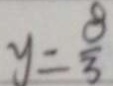
y = \frac { 8 } { 3 }